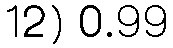
12) 0.99